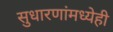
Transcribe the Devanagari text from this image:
सुधारणांमध्येही